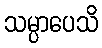
သမ္ပာပေသိ